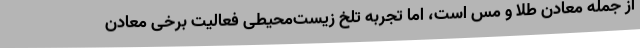
از جمله معادن طلا و مس است، اما تجربه تلخ زیست‌محیطی فعالیت برخی معادن